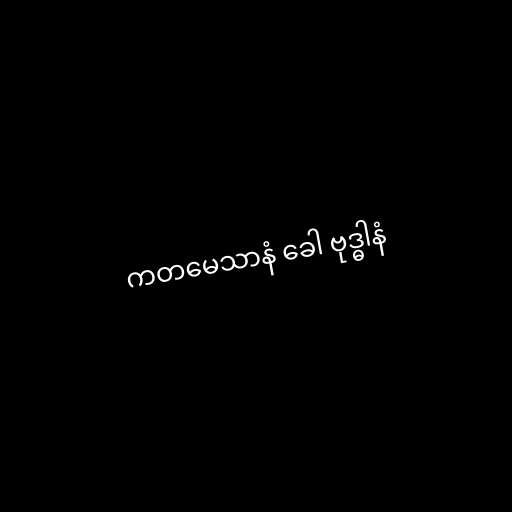
ကတမေသာနံ ခေါ ဗုဒ္ဓါနံ